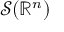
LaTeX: { \mathcal { S } } ( \mathbb { R } ^ { n } )